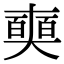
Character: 𠁗